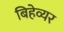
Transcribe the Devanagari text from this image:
बिहेव्यर